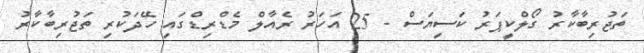
ތަޖުރިބާކާރު ގޯލްކީޕަރު ކަސިޔަސް - 25 އަހަރު ރެއާލް މެޑްރިޑްގައި ހޭދަކުރި ތަޖުރިބާކާރު